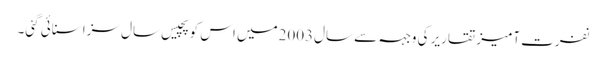
نفرت آمیز تقاریر کی وجہہ سے سال2003میں اس کو پچیس سال سزا سنائی گئی۔